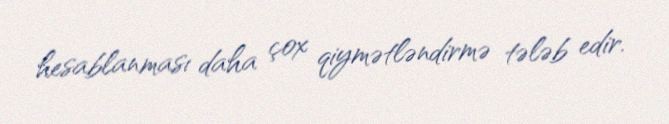
hesablanması daha çox qiymətləndirmə tələb edir.